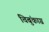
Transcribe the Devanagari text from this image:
चिबुंकाग्र